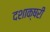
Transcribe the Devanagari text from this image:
दशाक्षरी